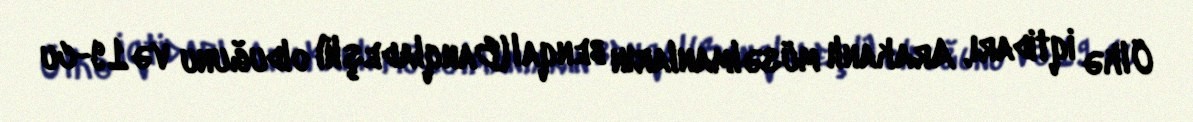
Ölkə iqtidarı, Arakanlı müsəlmanların benqal (Banqladeşli) olduğunu və 19-cu